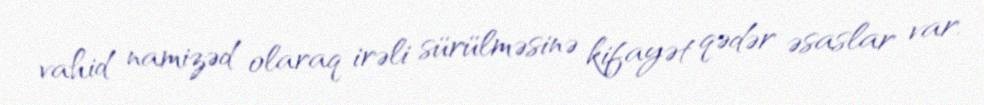
vahid namizəd olaraq irəli sürülməsinə kifayət qədər əsaslar var.